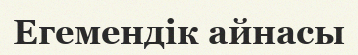
Егемендік айнасы